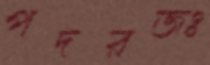
পদরজঃ